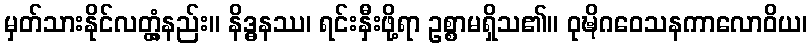
မှတ်သားနိုင်လတ္တံ့နည်း။ နိဒ္ဓနဿ၊ ရင်းနှီးဖို့ရာ ဥစ္စာမရှိသ၏။ ဝုဍ္ဎိဂဝေသနကာလောဝိယ၊